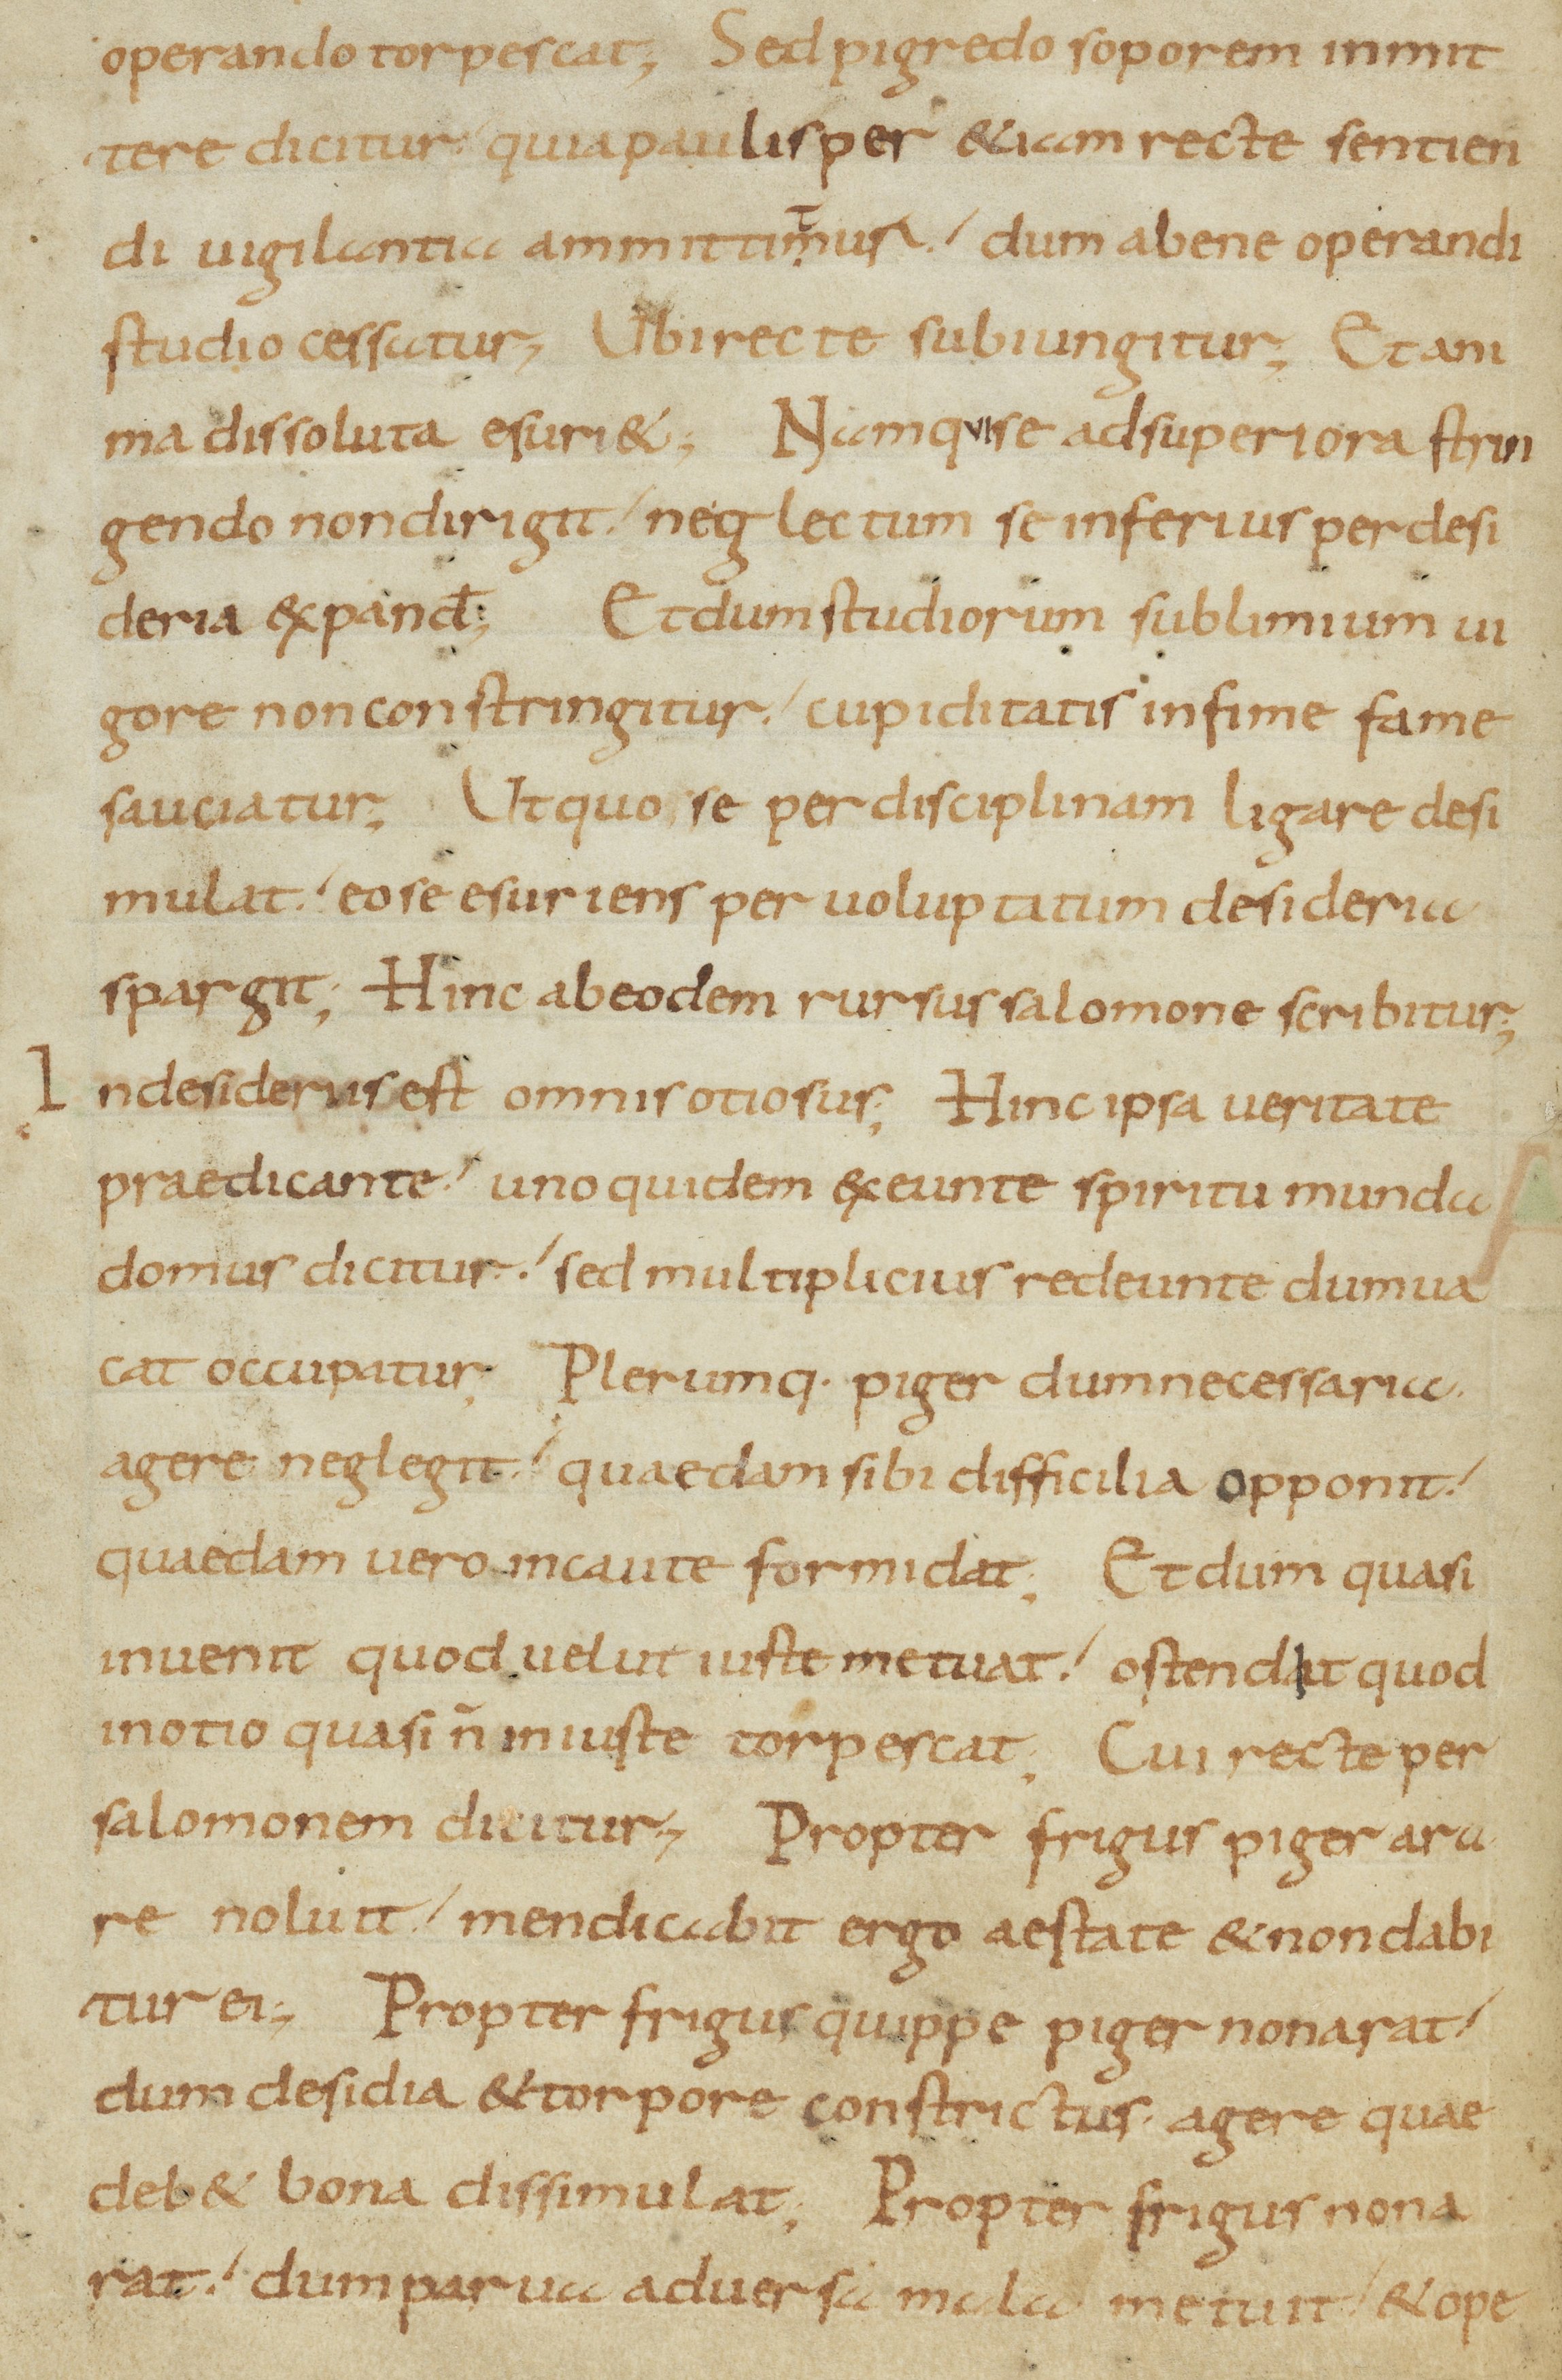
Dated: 800–899